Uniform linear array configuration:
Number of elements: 64
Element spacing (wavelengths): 0.75
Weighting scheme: hann
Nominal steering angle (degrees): -30
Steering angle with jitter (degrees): -30.03
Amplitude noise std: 0.05
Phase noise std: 0.05

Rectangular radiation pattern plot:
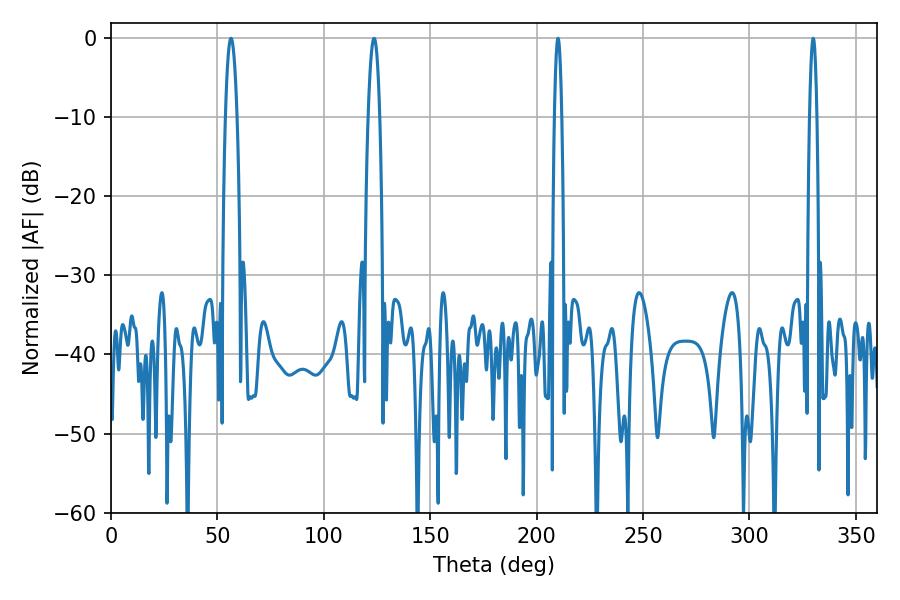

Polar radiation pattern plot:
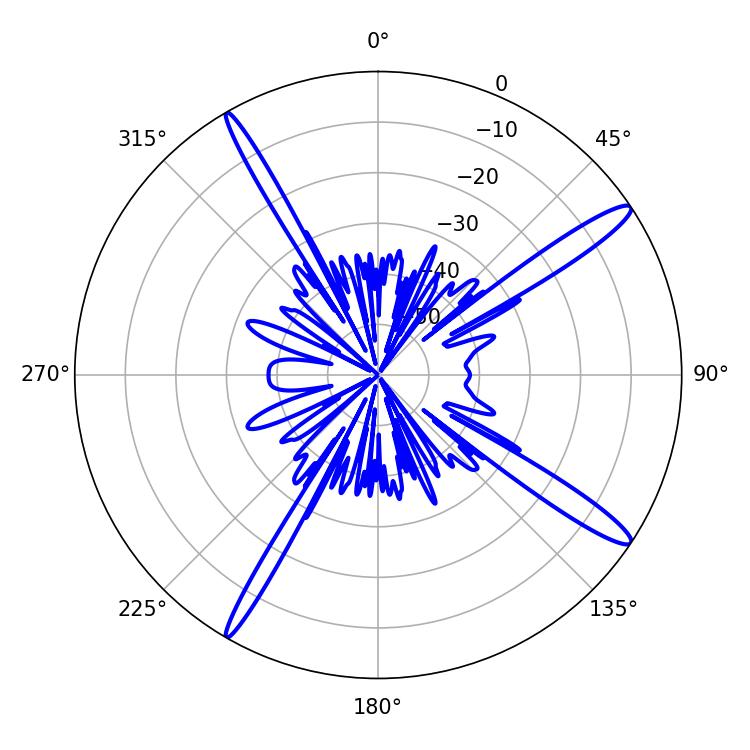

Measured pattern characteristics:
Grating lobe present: TRUE
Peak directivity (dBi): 15.319
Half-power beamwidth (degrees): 1.8
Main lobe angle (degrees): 329.94